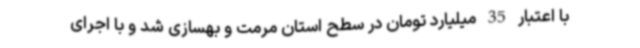
با اعتبار 35 میلیارد تومان در سطح استان مرمت و بهسازی شد و با اجرای